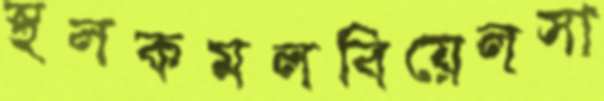
স্থলকমলবিয়েলসা